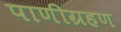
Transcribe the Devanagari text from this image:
पाणीग्रहण